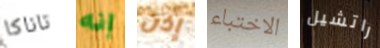
تاناكا إنه إذن الاختباء راتشيل